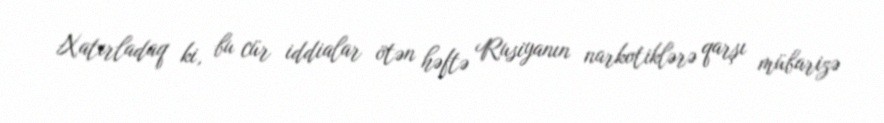
Xatırladaq ki, bu cür iddialar ötən həftə Rusiyanın narkotiklərə qarşı mübarizə